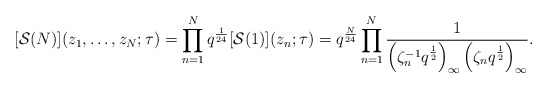
\begin{align*} [\mathcal S(N)](z_1,\dots,z_N;\tau) = \prod_{n=1}^N q^{\frac{1}{24}}[\mathcal S(1)](z_n;\tau)= q^{\frac{N}{24}} \prod_{n=1}^N\frac{1}{\left(\zeta_n^{-1}q^{\frac{1}{2}}\right)_{\infty}\left(\zeta_nq^{\frac{1}{2}}\right)_{\infty}}.\end{align*}